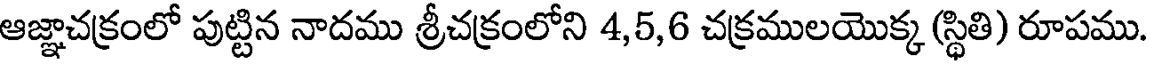
ఆజ్ఞాచక్రంలో పుట్టిన నాదము శ్రీచక్రంలోని 4,5,6 చక్రములయొక్క (స్థితి) రూపము.